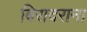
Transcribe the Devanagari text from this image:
बिरादराना